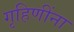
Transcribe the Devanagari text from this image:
गृहिणींना